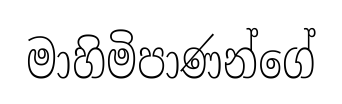
මාහිමිපාණන්ගේ